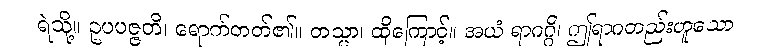
ရဲသို့။ ဥပပဇ္ဇတိ၊ ရောက်တတ်၏။ တသ္မာ၊ ထိုကြောင့်။ အယံ ရာဂဂ္ဂိ၊ ဤရာဂတည်းဟူသော